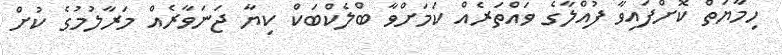
ހިމާޔަތް ކޮށްފައިވާ ފުއްލާގެ ވައްތަރެއް ކަމަށްވާ ބްލެކްބަކް ކިޔާ ޖަނަވާރެއް މަރާލުމުގެ ކުށް